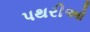
પથરીઓ